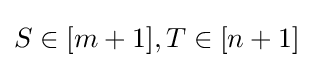
S\in [m+1],T\in [n+1]